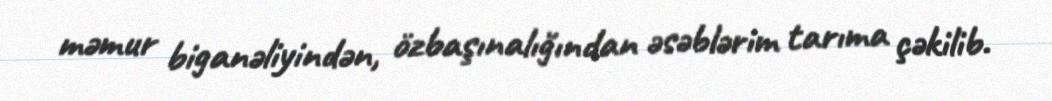
məmur biganəliyindən, özbaşınalığından əsəblərim tarıma çəkilib.